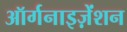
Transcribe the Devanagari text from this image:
ऑर्गनाइज़ेंशन